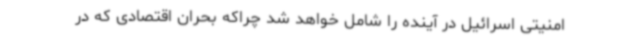
امنیتی اسرائیل در آینده را شامل خواهد شد چراکه بحران اقتصادی که در